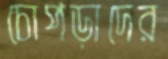
চোপড়াদের